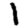
Digit: 1